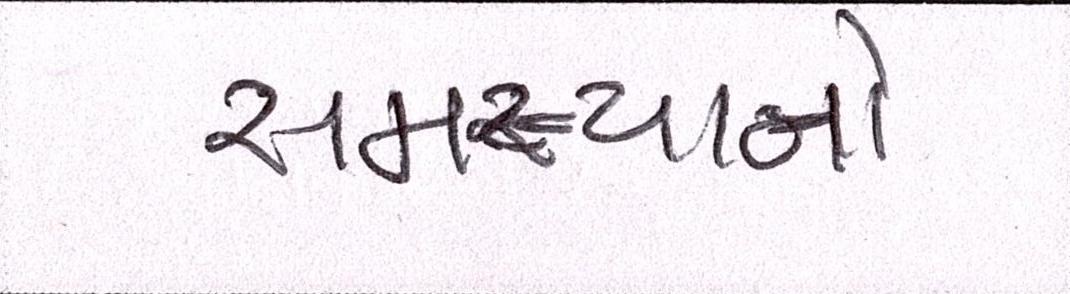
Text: સમસ્યાનો